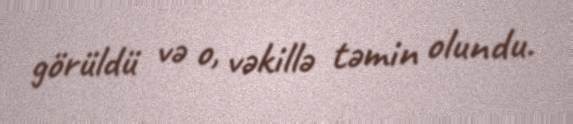
görüldü və o, vəkillə təmin olundu.